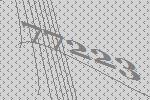
77223